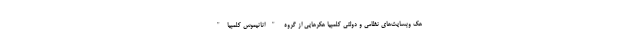
هک وبسایت‌های نظامی و دولتی کلمبیا هکرهایی از گروه "انانیموس کلمبیا"